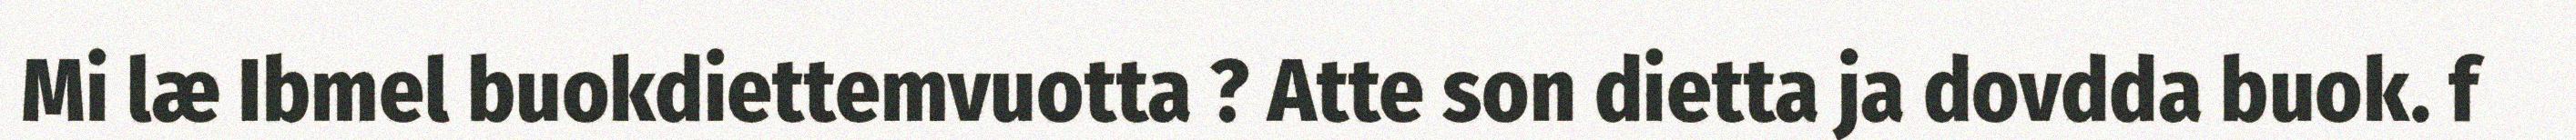
Mi læ Ibmel buokdiettemvuotta ? Atte son dietta ja dovdda buok. f